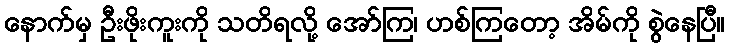
နောက်မှ ဦးဖိုးကူးကို သတိရလို့ အော်ကြ၊ ဟစ်ကြတော့ အိမ်ကို စွဲနေပြီ။